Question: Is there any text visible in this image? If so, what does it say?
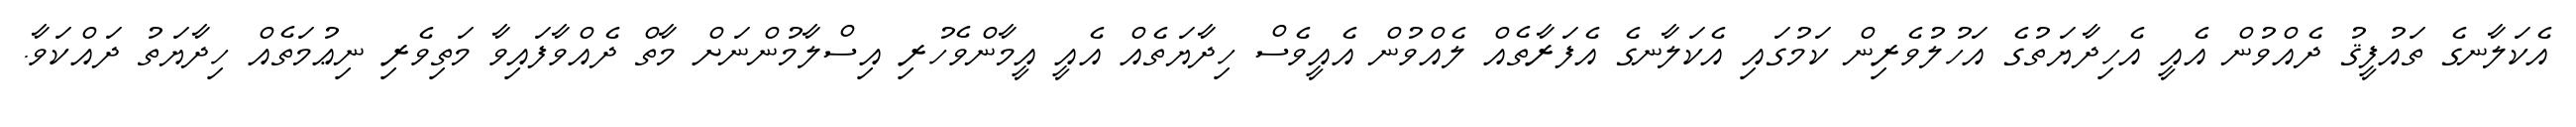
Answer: އެކަލާނގެ ތައުފީޤު ދެއްވުން އެއީ އެހިދާޔަތުގެ އަހުލުވެރިން ކަމުގައި އެކަލާނގެ އެފަރާތެއް ލެއްވުން އެއީވެސް ހިދާޔަތެއް އެއީ އީމާންވެހުރި އިސްލާމުންނަށް މާތް ދެއްވާފައިވާ މަތިވެރި ނިޢުމަތެއް ހިދާޔަތު ދައްކަވާ.